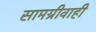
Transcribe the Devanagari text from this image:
सामग्रीवाही